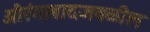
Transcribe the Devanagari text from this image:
औरंगाबादजवळील